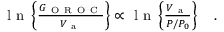
\begin{array} { r } { \mathrm { ~ l ~ n ~ } \left\{ \frac { G _ { \mathrm { ~ O ~ R ~ O ~ C ~ } } } { V _ { \mathrm { ~ a ~ } } } \right\} \propto \mathrm { ~ l ~ n ~ } \left\{ \frac { V _ { \mathrm { ~ a ~ } } } { P / P _ { 0 } } \right\} \quad . } \end{array}